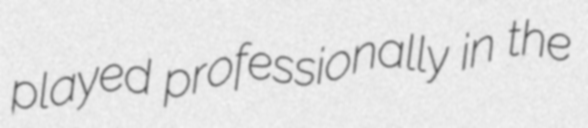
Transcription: played professionally in the